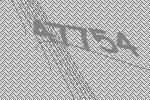
47754